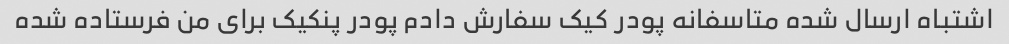
اشتباه ارسال شده متاسفانه پودر کیک سفارش دادم پودر پنکیک برای من فرستاده شده